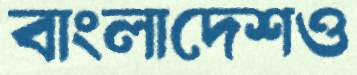
বাংলাদেশও